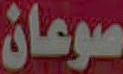
صوعان